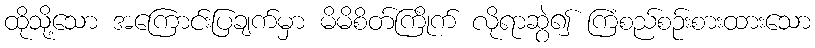
ထိုသို့သော အကြောင်းပြချက်မှာ မိမိစိတ်ကြိုက် လိုရာဆွဲ၍ ကြံစည်စဉ်းစားထားသော